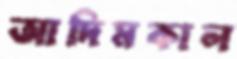
আদিমকাল